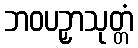
ဘဝပဉှာသုတ္တံ